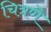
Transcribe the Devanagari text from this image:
चित्रणॆ